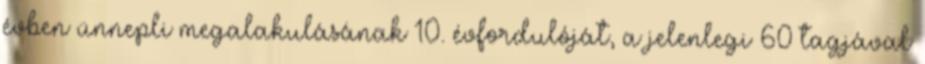
évben ünnepli megalakulásának 10. évfordulóját, a jelenlegi 60 tagjával